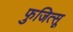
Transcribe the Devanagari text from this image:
फुजित्सू